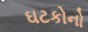
ઘટકોનો